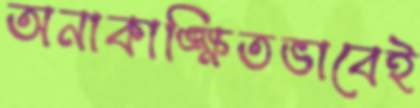
অনাকাঙ্ক্ষিতভাবেই